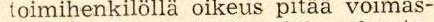
toimihenkilöllä oikeus pitää voimas-